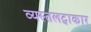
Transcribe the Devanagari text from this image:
व्यस्तलट्वाकार